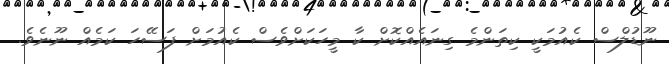
ނޫޑުލްސް ކެއުމަކީ ކިތަންމެ ގިނައެއްކޮށް ކާ މީހަކަށްވެސް ކެއުމަށް ފަސޭހަ ކަމެއް ނޫނެވެ.